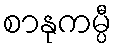
စာနုကမ္ပီ